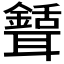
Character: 𦗾